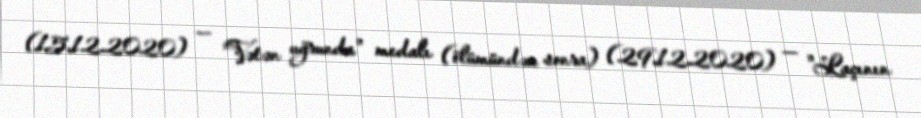
(15.12.2020) — "Vətən uğrunda" medalı (ölümündən sonra) (29.12.2020) — "Laçının